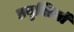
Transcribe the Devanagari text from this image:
प्रवृत्तियॉं